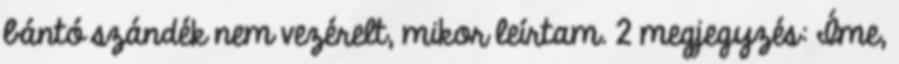
bántó szándék nem vezérelt, mikor leírtam. 2 megjegyzés: Íme,